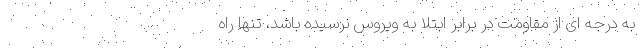
به درجه ای از مقاومت در برابر ابتلا به ویروس نرسیده باشد، تنها راه